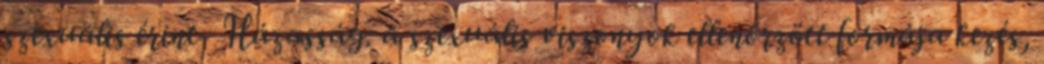
szexuális érint- Házasság: a szexuális viszonyok ellenőrzött formája kezés,